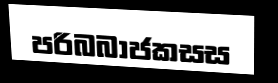
පරිබබාජකසස